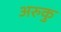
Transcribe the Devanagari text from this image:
अरुकु